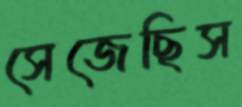
সেজেছিস